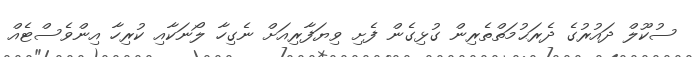
ސުކޫލް ދައުރުގެ ދެރަޙުމަތްތެރިން ގުޅިގެން ފެށި ވިޔަފާރިއަށް ނެގިހާ ލޯނަކާއި ކުރިހާ އިންވެސްޓެއް